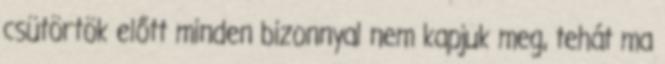
csütörtök előtt minden bizonnyal nem kapjuk meg, tehát ma